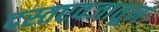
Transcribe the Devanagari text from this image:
दस्तएवजातून